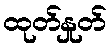
ထုတ်နှုတ်